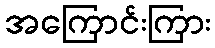
အကြောင်းကြား